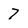
Character: 7